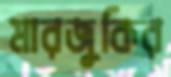
মারজুকির